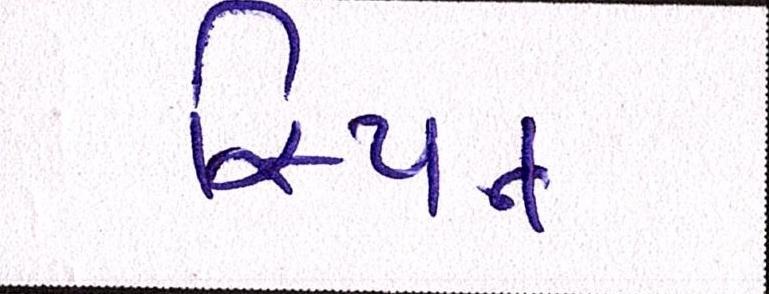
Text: સ્પિન